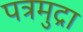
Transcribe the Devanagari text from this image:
पत्रमुद्रा